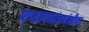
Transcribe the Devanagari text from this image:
प्राध्यापकांसबंधीचा